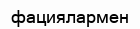
фациялармен